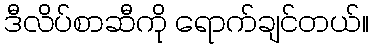
ဒီလိပ်စာဆီကို ရောက်ချင်တယ်။